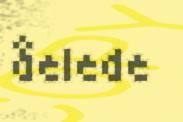
åelede